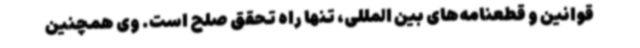
قوانین و قطعنامه‌های بین المللی، تنها راه تحقق صلح است. وی همچنین